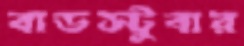
বাডস্টুবার